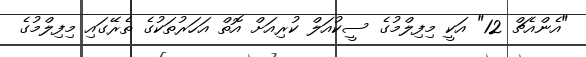
"އެންއެޗް 12" އަކީ މިފިލްމުގެ ސީކުއަލް ކުރިއަށް އޮތް އަހަރުތަކުގެ ތެރޭގައި މިފިލްމުގެ